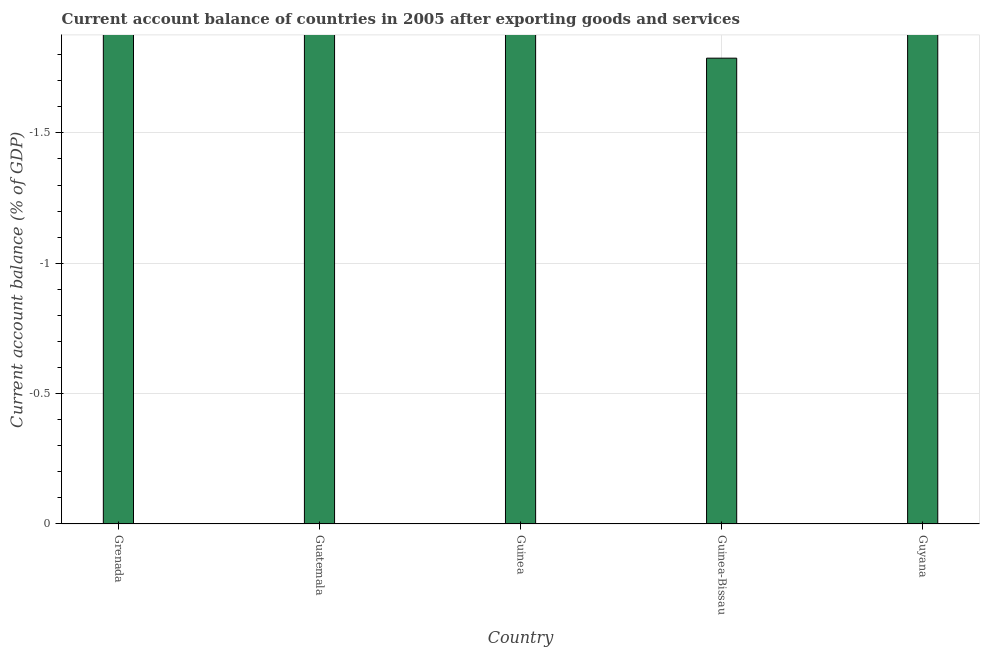
| Country | Current account balance |
 | --- | --- |
 | Grenada | -27.8 |
 | Guatemala | -4.56 |
 | Guinea | -5.46 |
 | Guinea-Bissau | -1.79 |
 | Guyana | -11.7 |